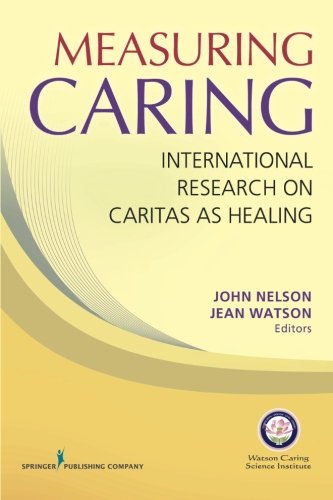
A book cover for Measuring Caring: International Research on Caritas as Healing; Medical Books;